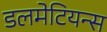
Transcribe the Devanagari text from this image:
डलमेटियन्स